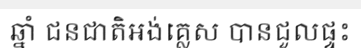
ឆ្នាំ ជនជាតិអង់គ្លេស បានជួលផ្ទះ